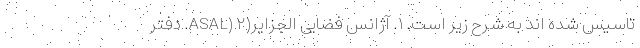
تاسیس شده اند به شرح زیر است. ۱. آژانس فضایی الجزایر(ASAL) ۲. دفتر